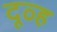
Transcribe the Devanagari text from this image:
दूव्ह